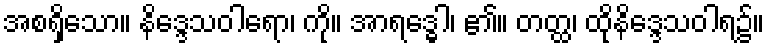
အစရှိသော။ နိဒ္ဒေသဝါရော၊ ကို။ အာရဒ္ဓေါ၊ ၏။ တတ္ထ၊ ထိုနိဒ္ဒေသဝါရ၌။